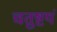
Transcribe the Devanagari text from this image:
चतुष्टयं